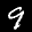
Label: 9